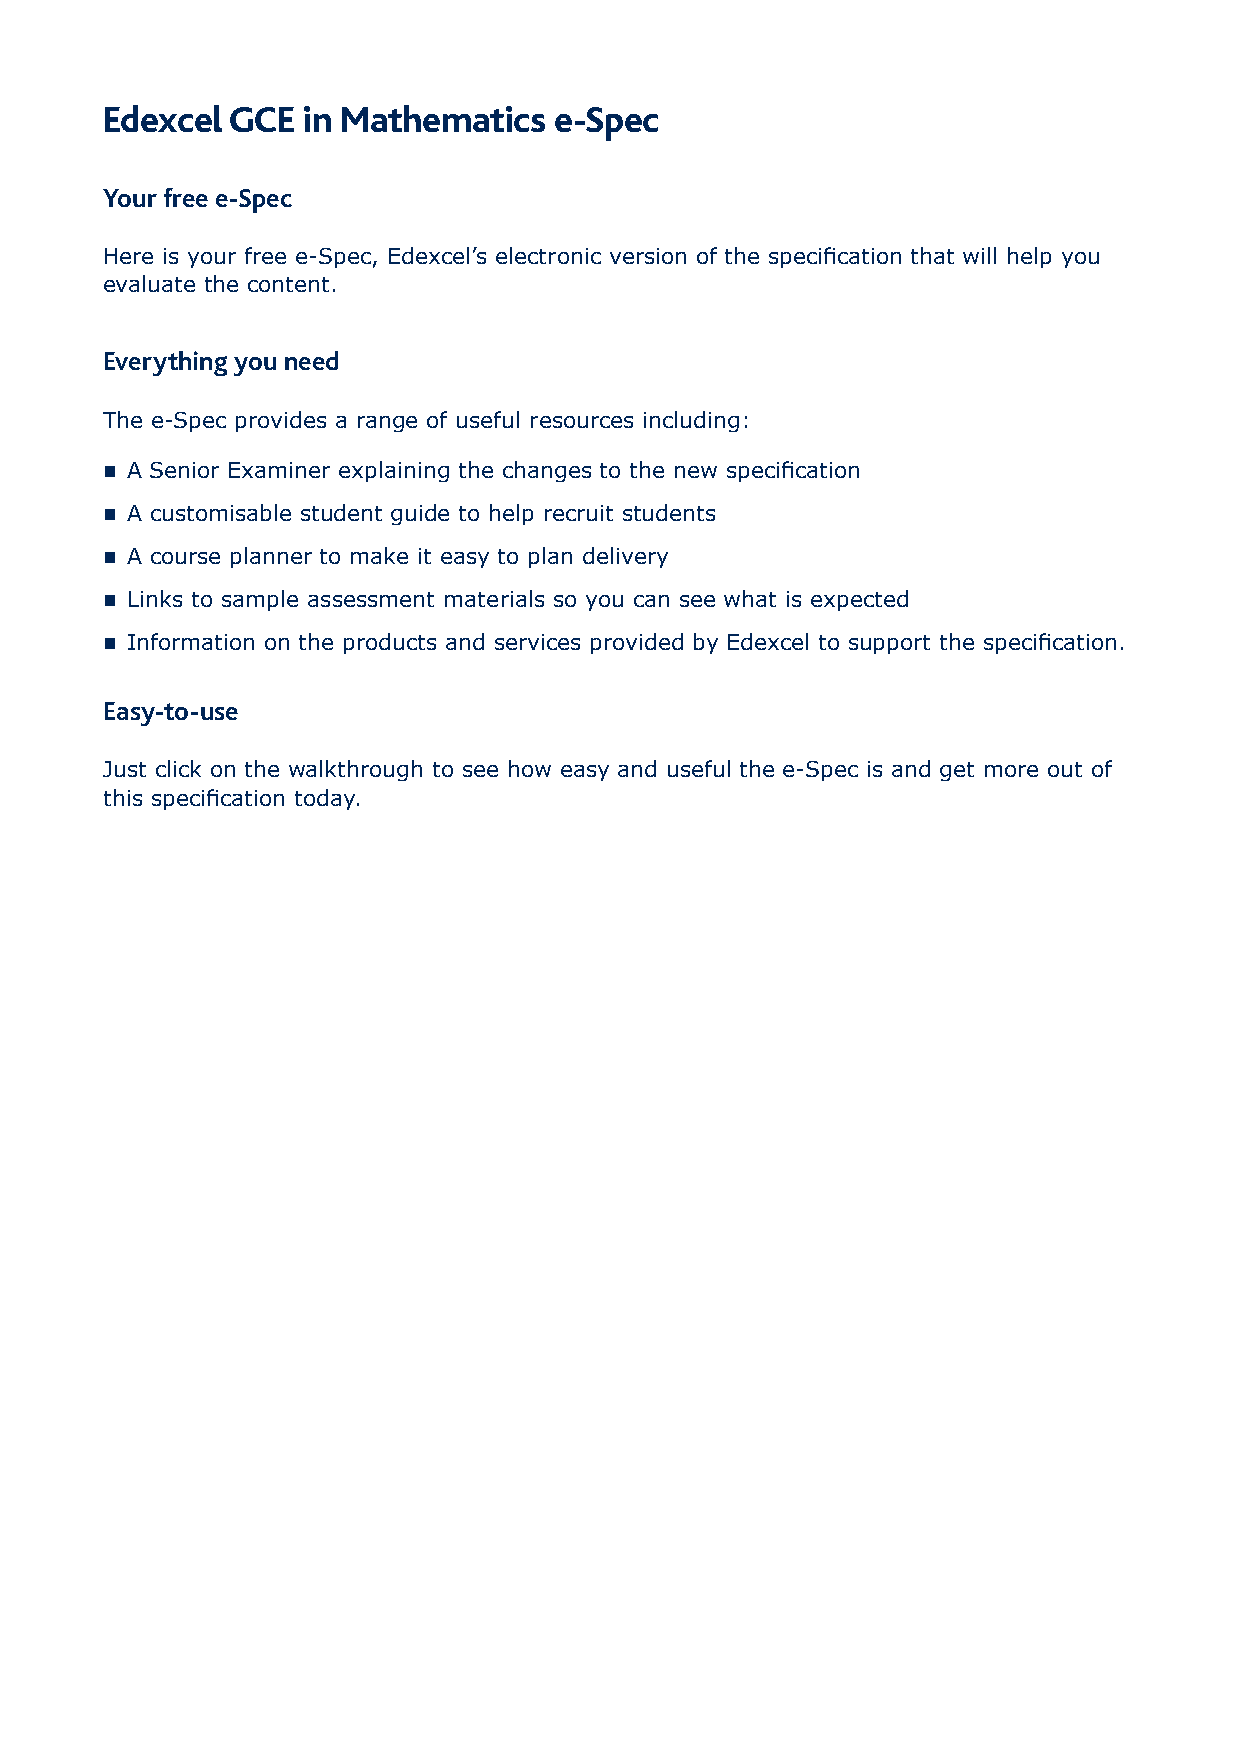
Edexcel GCE  in Mathematics   e-Spec
 Your free e-Spec
 Here is your free e-Spec, Edexcel’s electronic version of the specification that will help you
 evaluate the content.
 Everything you need
 The e-Spec provides a range of useful resources including:
  A Senior Examiner explaining the changes to the new specification
  A customisable student guide to help recruit students
  A course planner to make it easy to plan delivery
  Links to sample assessment materials so you can see what is expected
  Information on the products and services provided by Edexcel to support the specification.
 Easy-to-use
 Just click on the walkthrough to see how easy and useful the e-Spec is and get more out of
 this specification today.